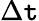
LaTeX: \Delta\mathtt{t}